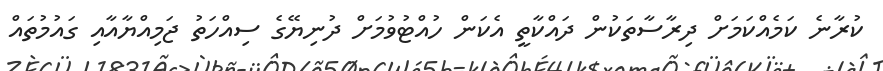
ކުރާނެ ކަމެއްކަމަށް ދިރާސާތަކުން ދައްކާތީ އެކަން ހުއްޓުވުމަށް ދުނިޔޭގެ ސިއްހަތު ޖަމިއްޔާއާއި ގައުމުތައް